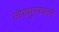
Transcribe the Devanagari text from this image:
लोहचुम्बकाने